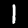
Digit: 1